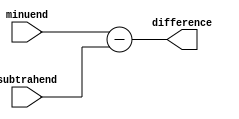
module subtractor (
    input [7:0] minuend,
    input [7:0] subtrahend,
    output reg [7:0] difference
);

assign difference = minuend - subtrahend;

endmodule